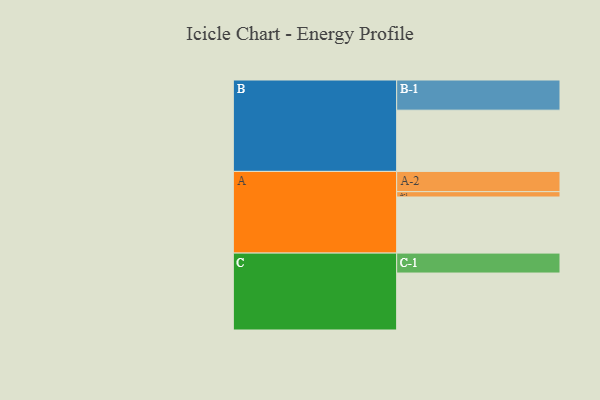
{"axis": {"x": "Segment", "y": "Value"}, "legend": ["", "A", "B", "C"], "data": [{"x": "A", "y": 526, "type": ""}, {"x": "B", "y": 574, "type": ""}, {"x": "C", "y": 534, "type": ""}, {"x": "A-1", "y": 50, "type": "A"}, {"x": "A-2", "y": 190, "type": "A"}, {"x": "B-1", "y": 283, "type": "B"}, {"x": "C-1", "y": 187, "type": "C"}]}